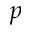
p